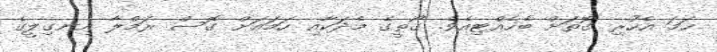
ހަމަ އެހުރި ގޮތަށް ބެހެއްޓިއެވެ. ގޯތީގެ މެދަކާއި ހަމައަށް ގޮސް ރަމްލާ އިނގިލީގެ